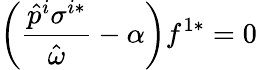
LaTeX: \left(\frac{\hat{p}^{i}\sigma^{i*}}{\hat{\omega}}-\alpha\right)f^{1*}=0